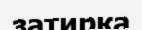
затирка